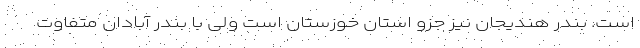
است. بندر هندیجان نیز جزو استان خوزستان است ولی با بندر آبادان متفاوت